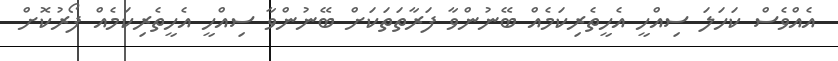
އެއްވެސް ކަހަލަ ސިއްހީ އެހީތެރިކަމެއް ބޭނުންވާ ފަރާތަތަކަށް ބޭނުންވާ ސިއްހީ އެހީތެރިކަމެއް ފޯރުކޮށް